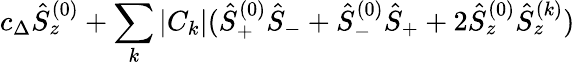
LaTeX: c_{\Delta}\hat{S}_{z}^{(0)}+\sum_{k}|C_{k}|(\hat{S}_{+}^{(0)}\hat{S}_{-}+\hat{S}_{-}^{(0)}\hat{S}_{+}+2\hat{S}_{z}^{(0)}\hat{S}_{z}^{(k)})